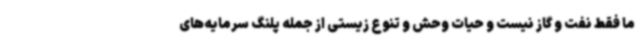
ما فقط نفت و گاز نیست و حیات وحش و تنوع زیستی از جمله پلنگ سرمایه‌های